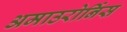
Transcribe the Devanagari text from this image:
अमाउरोर्निस